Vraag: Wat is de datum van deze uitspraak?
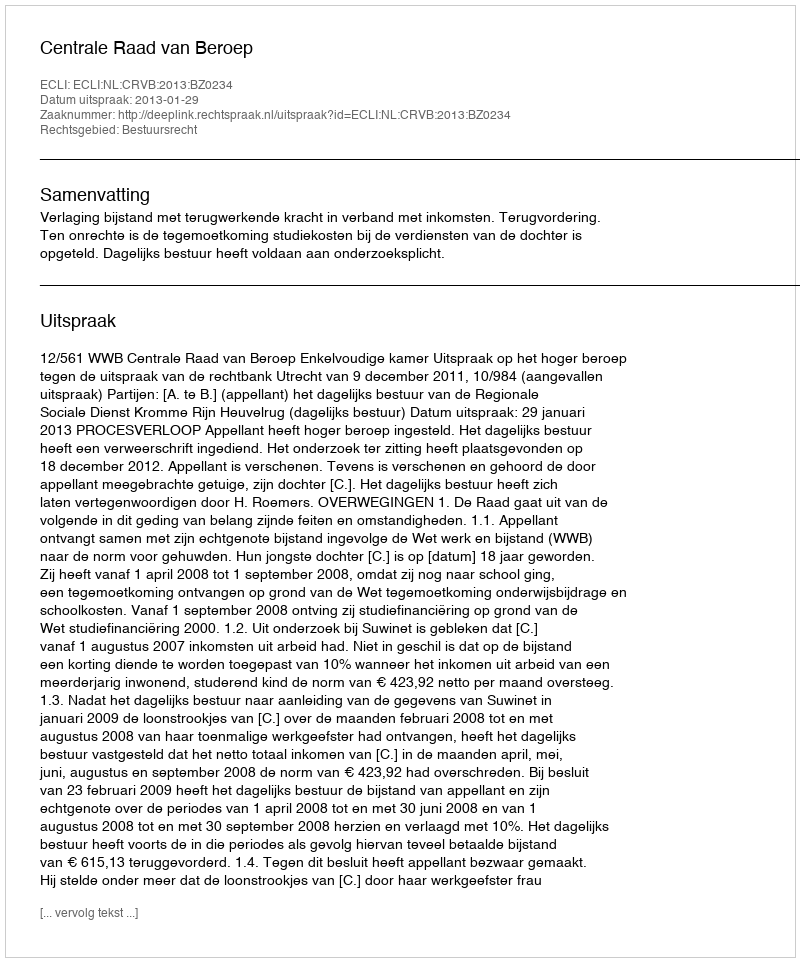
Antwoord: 2013-01-29